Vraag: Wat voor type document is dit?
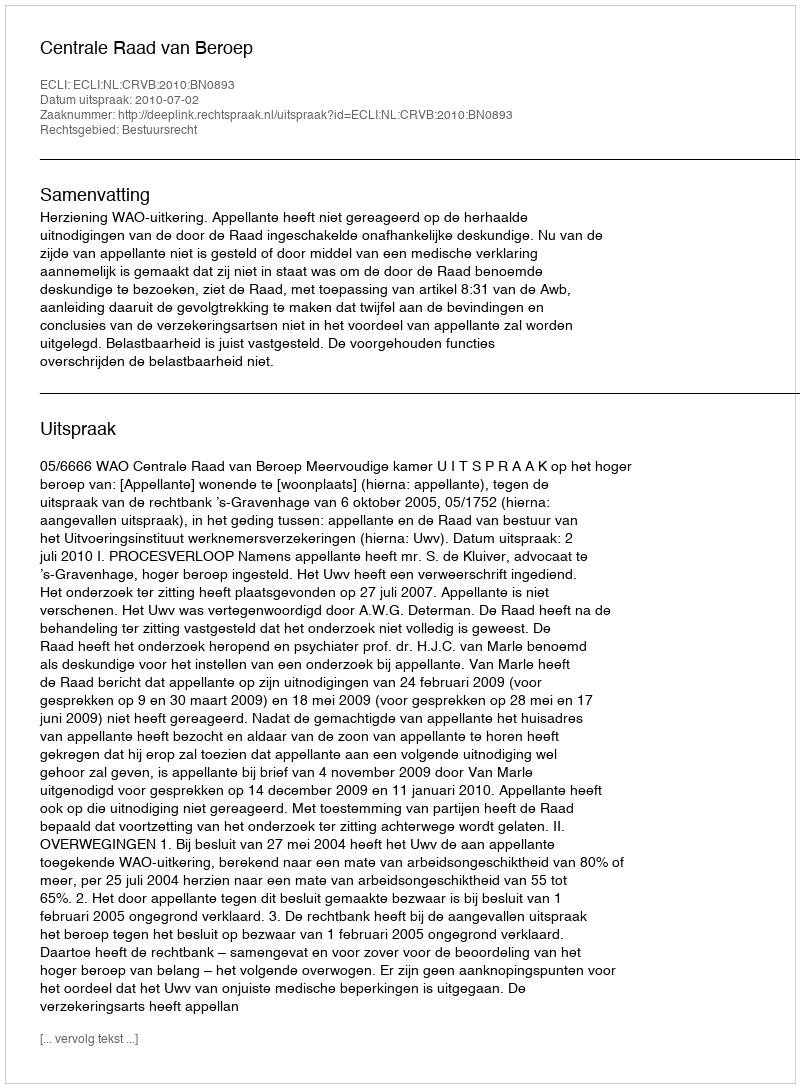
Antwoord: Uitspraak